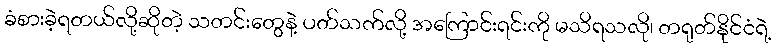
ခံစားခဲ့ရတယ်လို့ဆိုတဲ့ သတင်းတွေနဲ့ ပတ်သက်လို့ အကြောင်းရင်းကို မသိရသလို၊ တရုတ်နိုင်ငံရဲ့